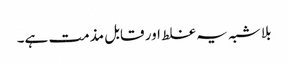
بلا شبہ یہ غلط اور قابل مذمت ہے۔